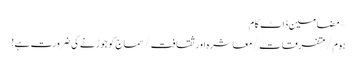
~ مضامین ڈاٹ کام
ہوم/متفرقات/معاشرہ اور ثقافت/سماج کو جوڑنے کی ضرورت ہے!